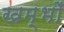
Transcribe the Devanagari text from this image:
खम्भोँ